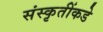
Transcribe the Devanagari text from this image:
संस्कृतींकडे